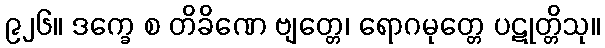
၉၂၆။ ဒက္ခေ စ တိခိဏေ ဗျတ္တေ၊ ရောဂမုတ္တေ ပဋုတ္တိသု။